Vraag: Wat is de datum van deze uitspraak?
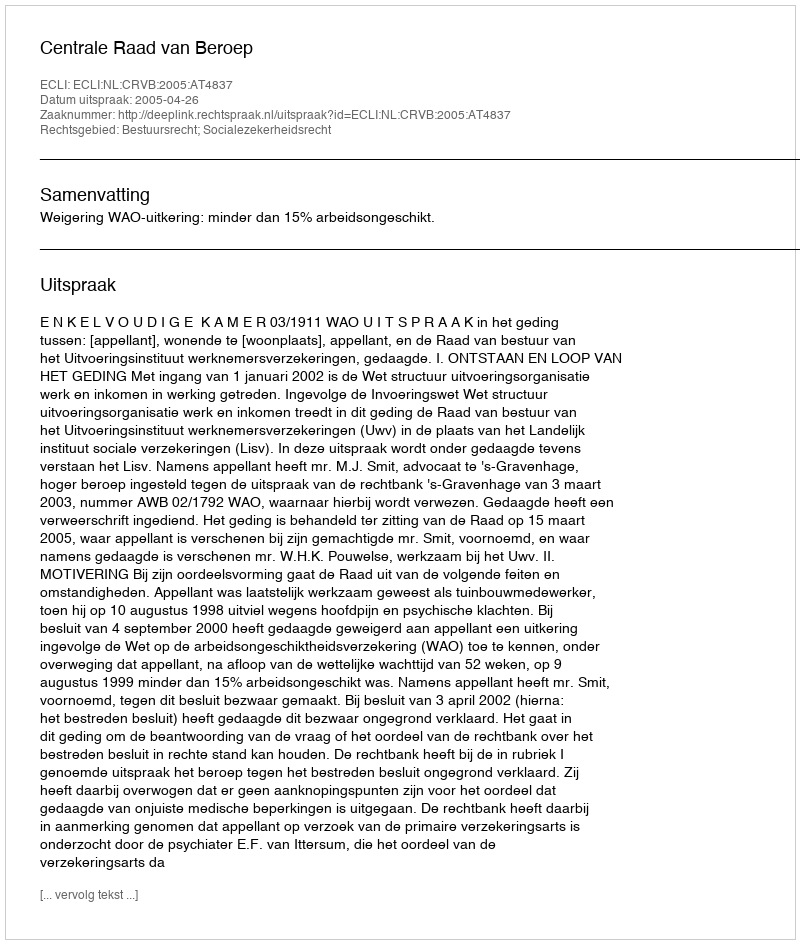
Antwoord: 2005-04-26